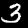
Label: 3